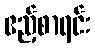
ဧည့်စာရင်း